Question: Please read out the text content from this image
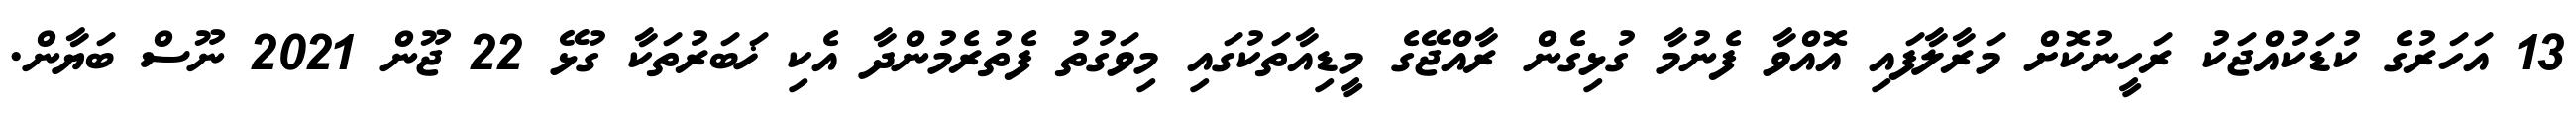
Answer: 13 އަހަރުގެ ކުޑަކުއްޖަކު ރަހީނުކޮށް މަރާލާފައި އޮއްވާ ފެނުމާ ގުޅިގެން ރާއްޖޭގެ މީޑިއާތަކުގައި މިވަގުތު ފެތުރެމުންދާ އެކި ޚަބަރުތަކާ ގުޅޭ 22 ޖޫން 2021 ނޫސް ބަޔާން.